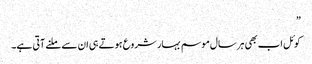
”
کوئل اب بھی ہر سال موسم بہار شروع ہوتے ہی ان سے ملنے آتی ہے۔